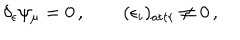
LaTeX: \delta _ { \epsilon } \psi _ { \mu } = 0 \, , \qquad ( \epsilon _ { i } ) _ { \mathrm { a t t r } } \neq 0 \, ,